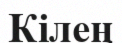
Кілең